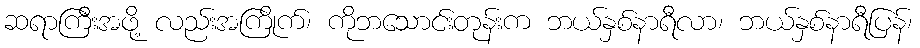
ဆရာကြီးအဖို့ လည်းအကြိုက်၊ ကိုဘသောင်းတုန်းက ဘယ်နှစ်နာရီလာ၊ ဘယ်နှစ်နာရီပြန်၊